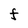
Character: F